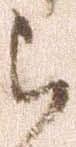
ら